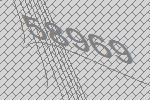
58969